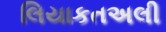
લિયાકતઅલી